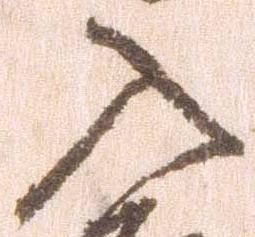
入